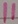
Text: 11